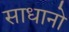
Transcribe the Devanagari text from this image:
साधानो